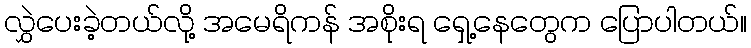
လွှဲပေးခဲ့တယ်လို့ အမေရိကန် အစိုးရ ရှေ့နေတွေက ပြောပါတယ်။